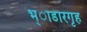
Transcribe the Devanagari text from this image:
भ्ाडारगृह